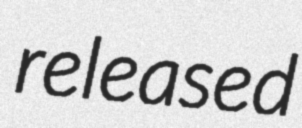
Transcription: released